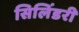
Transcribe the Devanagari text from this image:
सिलिंडरी